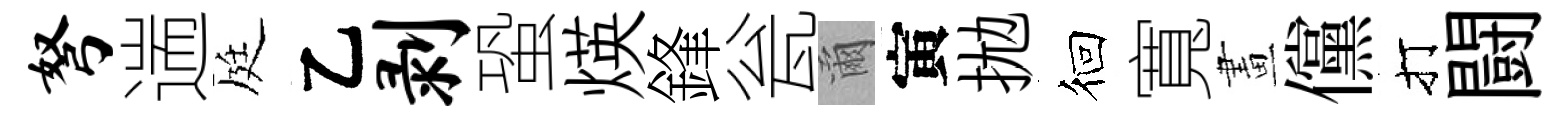
弩遄庭乙剥蛩煐鋒瓮爾寅拋徊寬畫儻打闘